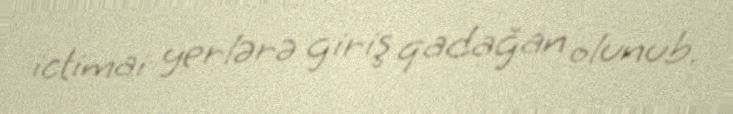
ictimai yerlərə giriş qadağan olunub.